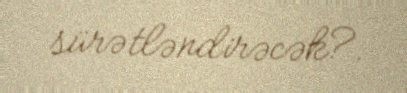
sürətləndirəcək?.